Torma_(Votikvere)_vallavalitsus, lk 105
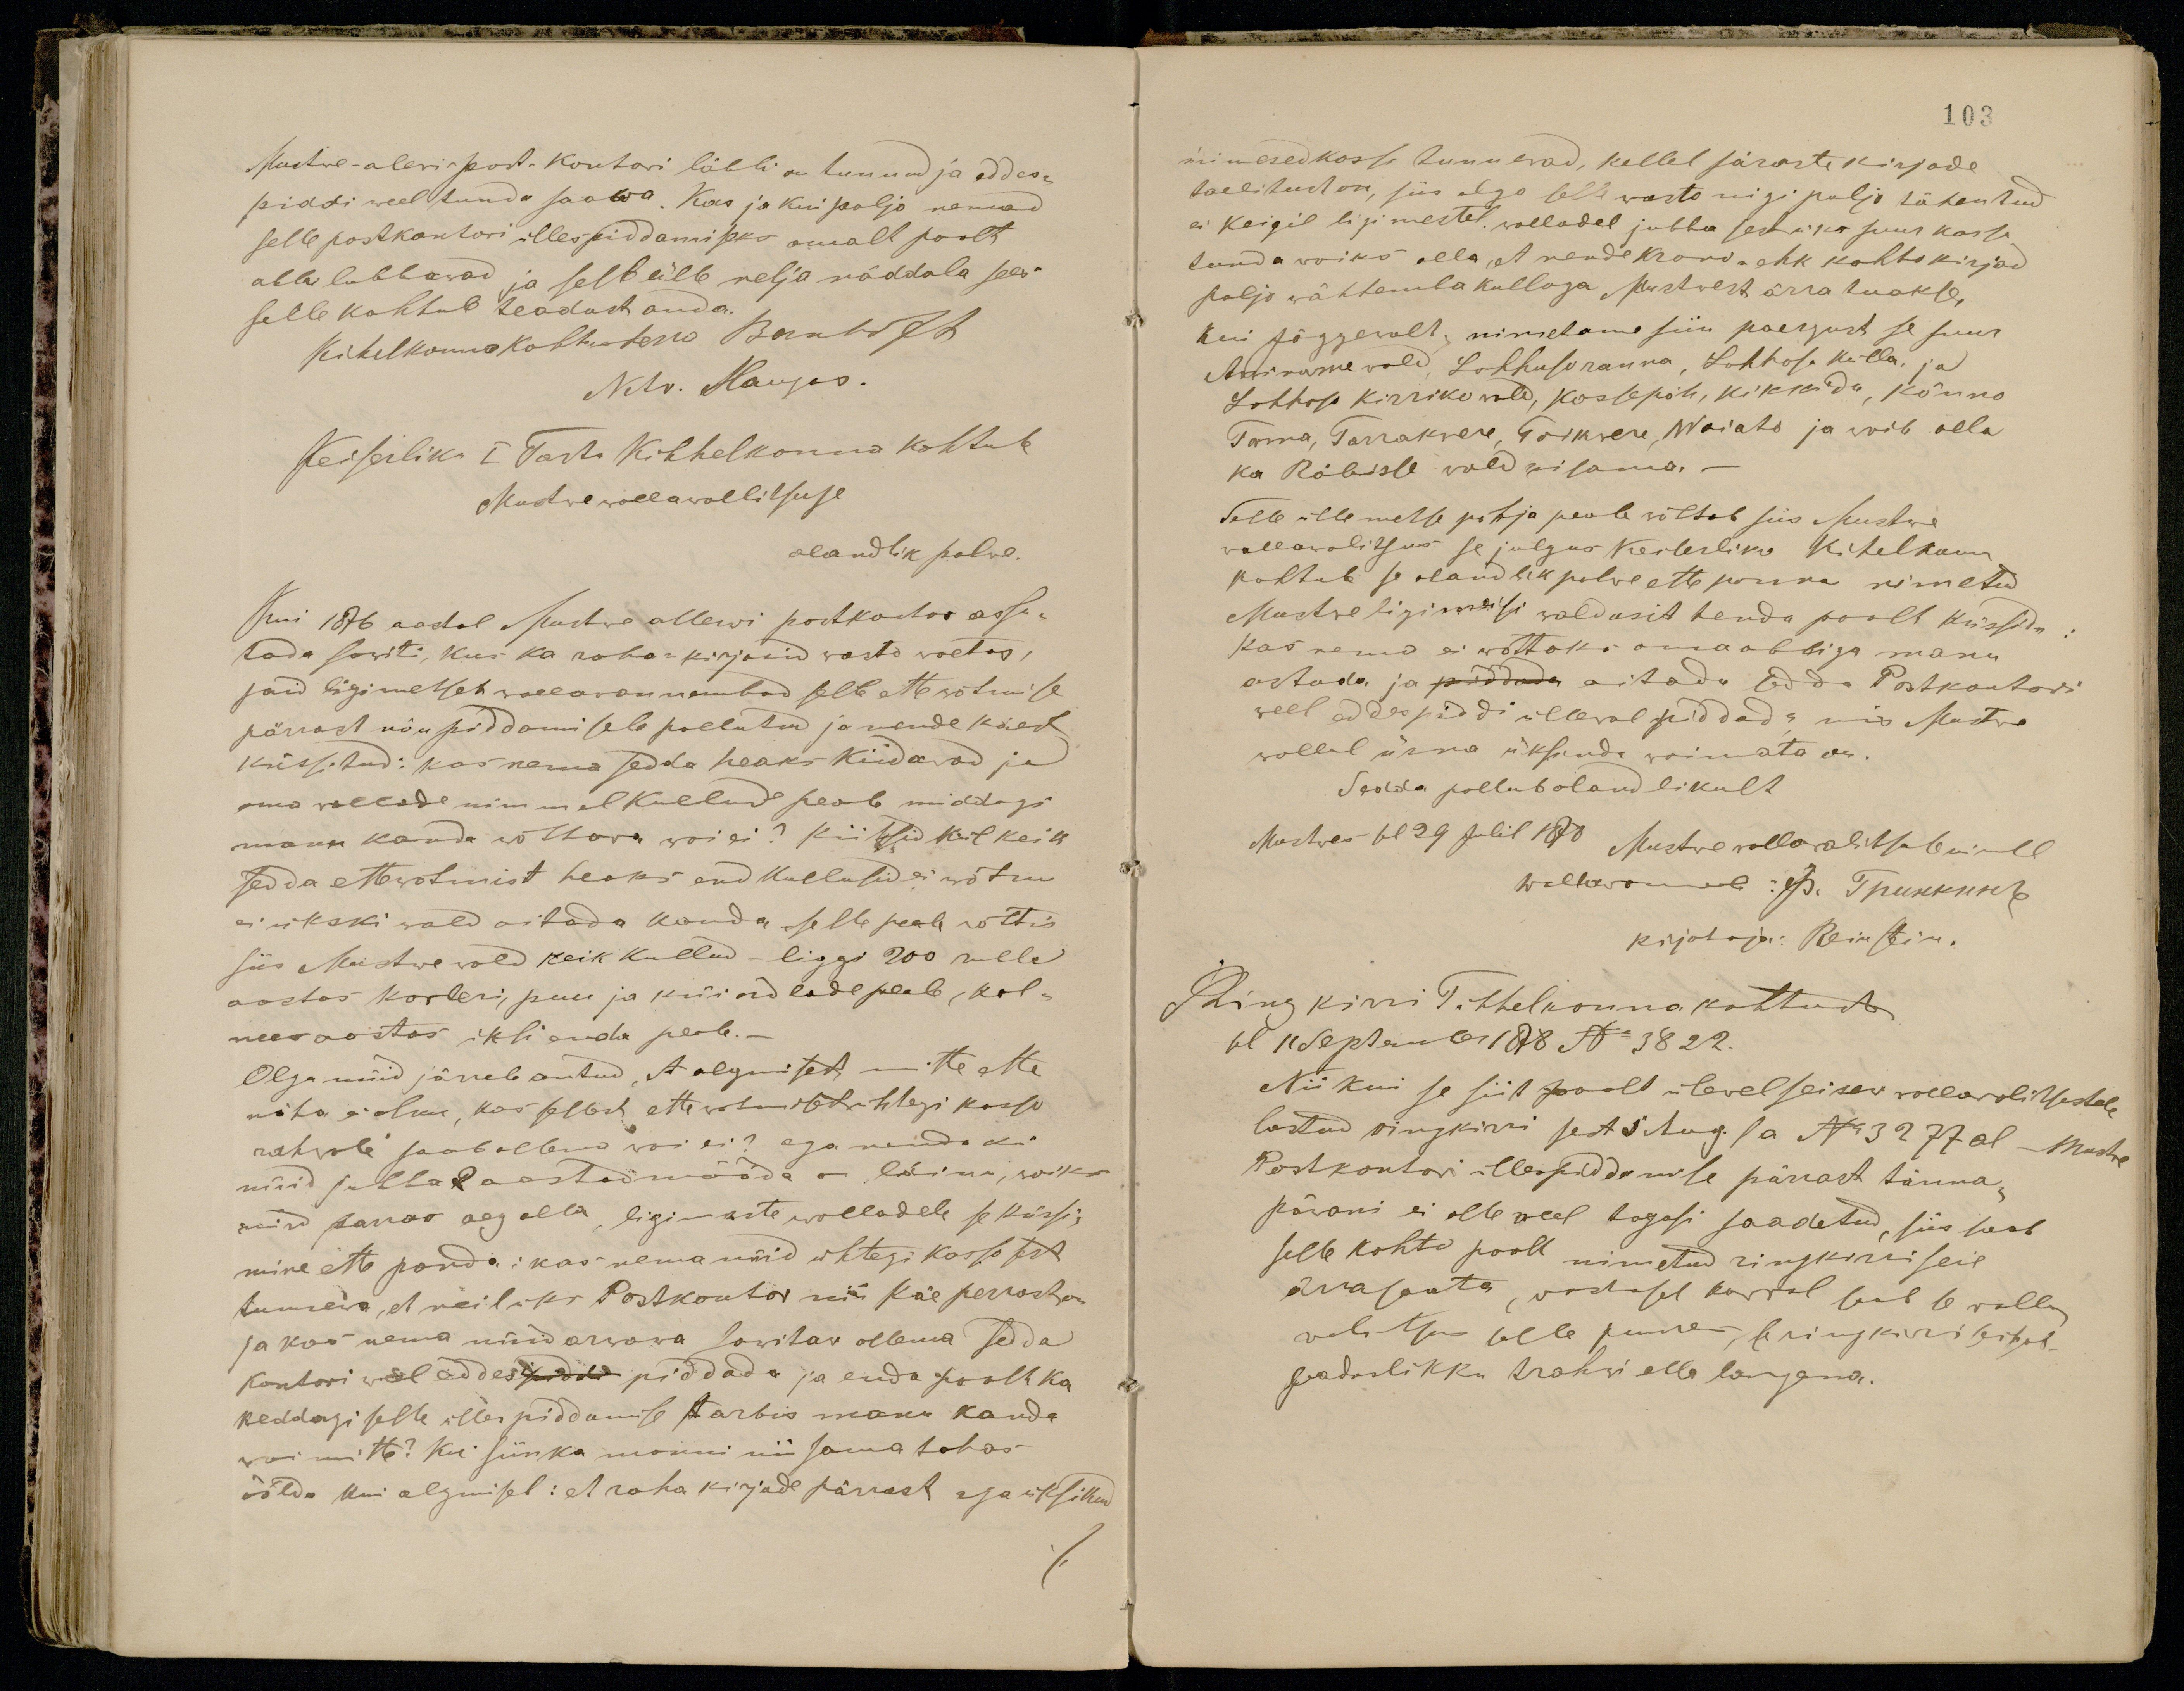
Mustwe-alewi-post-Kontori läbbi on tunnud ja eddes-
piddi weel kuni saawa. Kas ja kui paljo nemad
selle postkontori üllespiddamiseks omalt poolt
abbi lubbawad ja selle üle nelja näddala sees
selle kohtule teadust anda.
Kihelkonnakohtu herra Bernhoff
NAv. Haugas.
Keiserliku I Tartu Kihhelkonna kohtule
Mustwe wallawallitsuse
alandlik palwe.
Kui 1876 aastal Mustwe allewi postkontor assu-
tada sowiti, kus ka raha-kirjasid wasto wõetas,
jäid ligimesset walllawannembad selle ettevõtmise
pärrast nõupiddamisele pallutud ja nende käest
küssitud: kas nema sedda heaks kiidavad ja
oma vallade nimmel kullude peale middagi
maksu kanda wõttawa woi ei? Kiitsid küll keik
sedda ettewotmist heaks end kullusid ei wõtm
ei ükski wald aitada kanda selle peale wõttis
siis Mustwe wald keik kullud - liggi 200 rubla
aastas korteri, puu ja küündlade peale, kol-
mees aastas üksi enda peale.
Olgu nüid järrele antud, et alusest mitte ette
näha ei olku, kas sellest ettewõtmisest ühtegi kasso
rahwale saab ollema woi ei? aga nõnda ki
nüid jubba 2 aastad mööda on läinu, woiks
küll parras aeg olla ligimeste walladele se küssi-
mine ette panda: kas nema nüid ühtegi kasso sest
tunnewa, et neil üks Postkontor nii käe perrast on
ja kas nema nüid arwawa sowitaw ollema seda
Kontori weel eddesipiddi piddada ja enda poolt ka
keddagi selle üllespiddamise tarbis manu kanda
woi mitte? Ku siin ka monni nii sama tahas
öelda kui algmisel: et rahakirjade pärrast aga üksikud

103
inimesed kasso tunnewad, kellel päraste kirjade
tallitust on, siis olgo selle wasto nigi paljo tähentud
ei keigil ligimestel walladel jubba sest üks suur kasso
tunda woiks olla, et nende krono- ehk kohtokirjad
paljo wähhemba kulloga Mustwest ärra tuakse,
Kui Jõggewalt nimetame siin paergust se suur
Awwinorme wald, Lohhuso ranna, Lohhoso Külla ja
Lohhoso kirrikowald, Kassepäh, Kikkida, Kõnno
Torma, Tarrakwere, Toikwere, Waiato ja woib olla
ka Räbisle wald pisama.-
Selle ülle metse põhja poole wõttab siis Mustwe
wallawalitsus se julgus Keiserliku kihelkonna
kohtule se alandlik palwe ette panna nimetud
Mustwe ligimeisi waldasit tenda poolt küssida:
Kas nema ei wõttaks oma abbiga manu
astoda ja piddada aitada sedda Postkontori
weel eddespiddi ülleval piddada, mis Mustwe
wallal üsna üksinda woimata on.
Sedda pallu alandlikult
Mustwe sel 29 Julil 1978 Mustwe wallawalitsuse nimel
Wallawanemb: Tринkнр
kirjotaja: Reinstein.
Ringkiri Kihelkonna kohtust
sel 11 Septembr 1878 No 3822.
Nii kui se siit poolt ülevalseisew wallawalitsestele
lastud ringkirri  sest 5 Aug sa No 3277 al Mustwe
Postkontori üllespiddamise pärrast tänna-
päwani ei olle weel tagasi saadetud, siis saab
selle kohto poolt nimetud ringkirri seie
ärra saata, wastasel korral saab se walla
walitsus selle juures, se ringkirri seisab
seaduslikku trahwi alla langema.